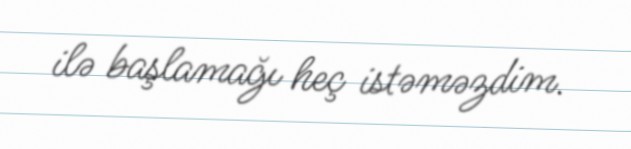
ilə başlamağı heç istəməzdim.